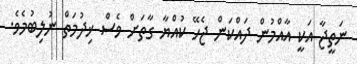
ނަތީޖާ އަކީ އާއްމުން ދައްކަން ޖެހޭ ކުއްޔާ ގާތަށް ވެސް ޚިދުމަތް ނުލިބުމެވެ.